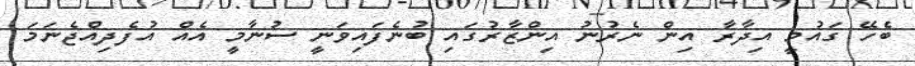
ބެހޭ ގައުމީ އިދާރާ އިން ނެރުނު އިންޒާރުގައި ބުނެފައިވަނީ ސުނާމީ އެއް އުފެދިއްޖެނަމަ